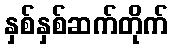
နှစ်နှစ်ဆက်တိုက်